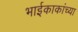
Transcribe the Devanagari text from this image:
भाईकाकांच्या